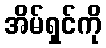
အိမ်ရှင်ကို